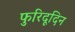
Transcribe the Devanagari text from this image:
फुरिदूदिन